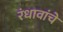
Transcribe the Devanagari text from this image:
रंधावांचे